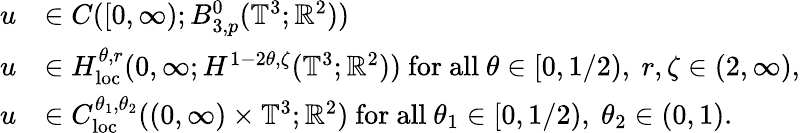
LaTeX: \begin{array}{rl}{u}&{\in C([0,\infty);B_{3,p}^{0}(\mathbb{T}^{3};{\mathbb R}^{2}))}\\ {u}&{\in H_{\mathrm{loc}}^{\theta,r}(0,\infty;H^{1-2\theta,\zeta}(\mathbb{T}^{3};{\mathbb R}^{2}))\ \mathrm{for~all~}\theta\in[0,1/2),\ r,\zeta\in(2,\infty),}\\ {u}&{\in C_{\mathrm{loc}}^{\theta_{1},\theta_{2}}((0,\infty)\times\mathbb{T}^{3};{\mathbb R}^{2})\ \mathrm{for~all~}\theta_{1}\in[0,1/2),\ \theta_{2}\in(0,1).}\end{array}